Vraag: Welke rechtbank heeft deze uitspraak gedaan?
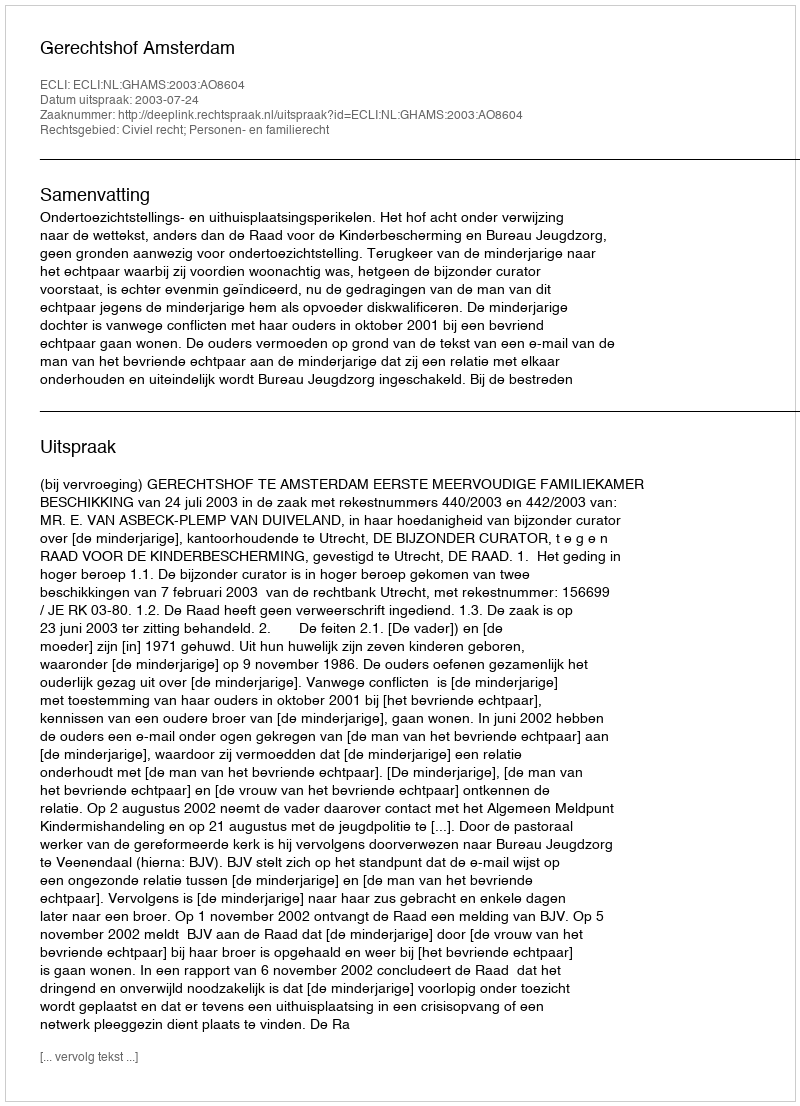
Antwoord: Gerechtshof Amsterdam